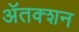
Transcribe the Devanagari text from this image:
ॲतक्शन